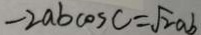
- 2 a b \cos C = \sqrt { 2 } a b